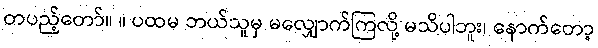
တပည့်တော်။ ။ ပထမ ဘယ်သူမှ မလျှောက်ကြလို့ မသိပါဘူး၊ နောက်တော့